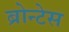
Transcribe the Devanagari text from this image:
ब्रोन्टेस